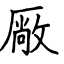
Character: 厰